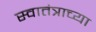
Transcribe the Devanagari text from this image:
स्वातंत्राच्या